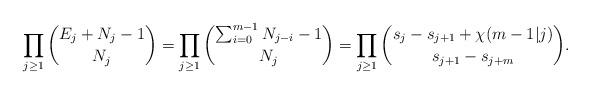
LaTeX: \begin{align*}\prod_{j\geq 1}{E_j + N_j - 1\choose N_{j}} = \prod_{j\geq 1}{\sum_{i=0}^{m-1}N_{j-i}-1\choose N_{j}} = \prod_{j\geq 1}{s_{j} - s_{j+1} + \chi (m-1 | j) \choose s_{j+1} - s_{j+m}}.\end{align*}